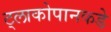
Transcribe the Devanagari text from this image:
ट्लाकोपानकडे